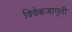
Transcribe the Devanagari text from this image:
विवेकजागृती